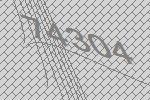
74304